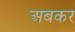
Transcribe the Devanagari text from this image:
अबकर